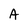
Character: A